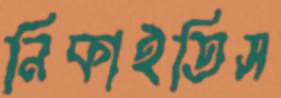
নিকাইতিস